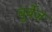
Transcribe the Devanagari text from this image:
बुर्बेज